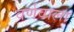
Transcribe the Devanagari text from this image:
वर्णवाला